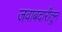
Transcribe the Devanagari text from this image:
जवाबदारीतून